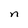
Character: n